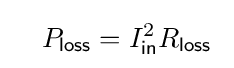
\quad P_{\mathsf {loss}}=I_{\mathsf {in}}^{2}R_{\mathsf {loss}}\